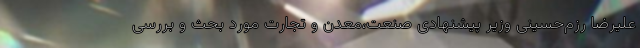
علیرضا رزم‌حسینی وزیر پیشنهادی صنعت،‌معدن و تجارت مورد بحث و بررسی